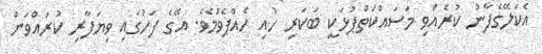
އެކަލޭގެފާނު ކުރެއްވި މަސައްކަތްޕުޅަކީ ބަކަރި ހުއި ހެއްޕެވުމެވެ. އޭގެ ފަހުގައި ވިޔަފާރި ކުރައްވަން